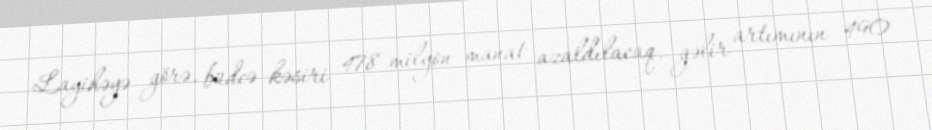
Layihəyə görə, büdcə kəsiri 478 milyon manat azaldılacaq, gəlir artımının 490